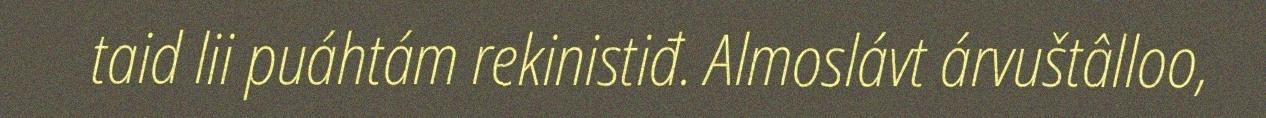
taid lii puáhtám rekinistiđ. Almoslávt árvuštâlloo,